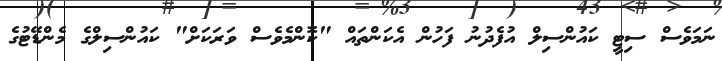
ނަމަވެސް ސިޓީ ކައުންސިލް އުފެދުނު ފަހުން އެކަންތައް "ކޮންމެވެސް ވަރަކަށް" ކައުންސިލްގެ މެންޑޭޓުގެ